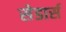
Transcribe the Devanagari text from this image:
सेडार्स